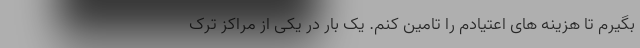
بگیرم تا هزینه های اعتیادم را تامین کنم. یک بار در یکی از مراکز ترک